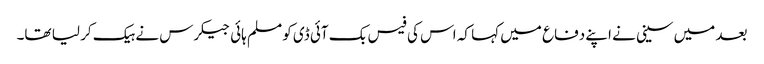
بعد میں سینی نے اپنے دفاع میں کہا کہ اس کی فیس بک آئی ڈی کو مسلم ہائی جیکرس نے ہیک کر لیا تھا۔